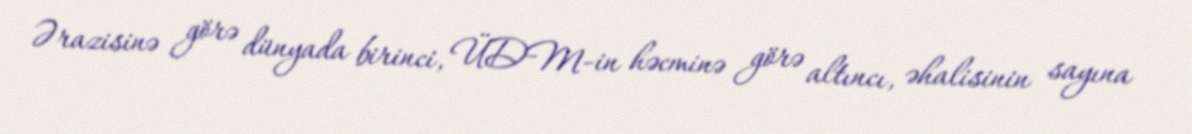
Ərazisinə görə dünyada birinci, ÜDM-in həcminə görə altıncı, əhalisinin sayına